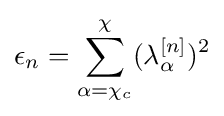
\epsilon _{n}=\sum \limits _{\alpha =\chi _{c}}^{\chi }(\lambda _{\alpha }^{[n]})^{2}